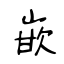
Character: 嵌